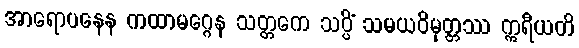
အာရောပနေန ကထာမဂ္ဂေန သတ္တကေ သပ္ပိံ သမယဝိမုတ္တဿ ဣရီယတိ